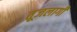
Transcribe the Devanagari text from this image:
तूजलागी